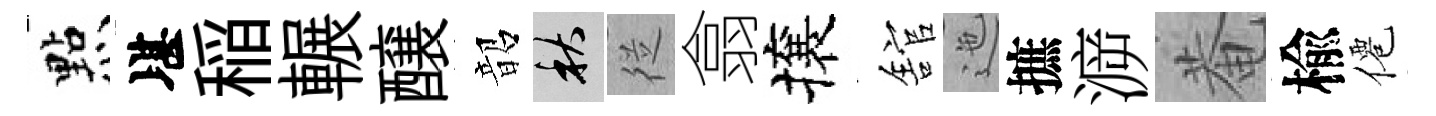
㸃堪稲輾醸韶秋従翕攘舘迤摭㴑菴楡僊